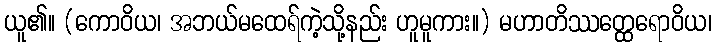
ယူ၏။ (ကောဝိယ၊ အဘယ်မထေရ်ကဲ့သို့နည်း ဟူမူကား။) မဟာတိဿတ္ထေရောဝိယ၊